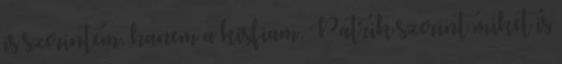
is szerintem, hanem a kisfiam, Patrik szerint miket is